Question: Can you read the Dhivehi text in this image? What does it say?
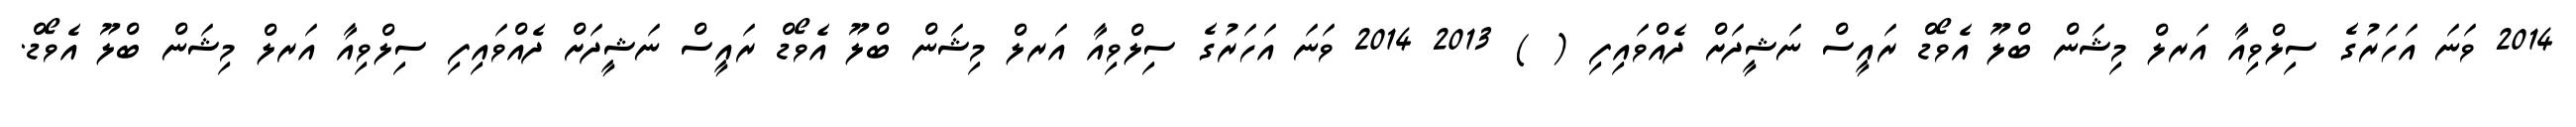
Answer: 2014 ވަނަ އަހަރުގެ ސިލްވިއާ އަރލް މިޝަން ބްލޫ އެވޯޑް ރައީސް ނަޝީދަށް ދެއްވައިފި ( ) 2013 2014 ވަނަ އަހަރުގެ ސިލްވިއާ އަރލް މިޝަން ބްލޫ އެވޯޑް ރައީސް ނަޝީދަށް ދެއްވައިފި ސިލްވިއާ އަރލް މިޝަން ބްލޫ އެވޯޑް.